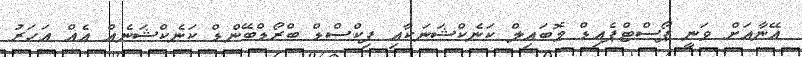
އޭނާއަށް ވަނީ ޕޯސްޓްޕެއިޑް މޮބައިލް ކަނެކްޝަނަކާއި ފިކްސްޑް ބްރޯޑްބޭންޑް ކަނެކްޝަނެއް އެއް އަހަރު